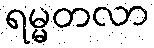
ရမ္မတလာ